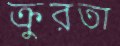
ক্রুরতা